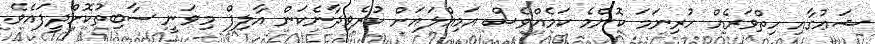
ޝަޢުގާއި ހިތްވަރެއް ހުރިނަމަ ކޮންމެ ކަމެއްވެސް އަމިއްލައަށް ކުރެވިދާނެކަން އާލިފް މިވަނީ ސާބިތުކޮށްދީފައެވެ.